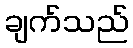
ချက်သည်